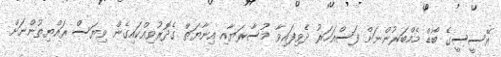
ޢޭސީސީގެ ބޯޑް މެމްބަރުންނަށް ފަސްއަހަރު ދެވިފައިވާ މުސާރަޔާއި އިނާޔަތް ގެދޮރުވިއްކައިގެން ވިޔަސް ރައްޔިތުންނަށް